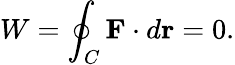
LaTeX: W=\oint_{C}\mathbf{F}\cdot d{\mathbf{r}}=0.